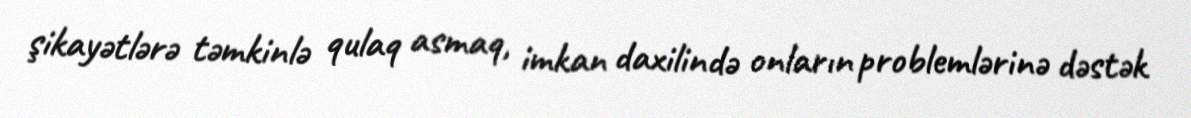
şikayətlərə təmkinlə qulaq asmaq, imkan daxilində onların problemlərinə dəstək